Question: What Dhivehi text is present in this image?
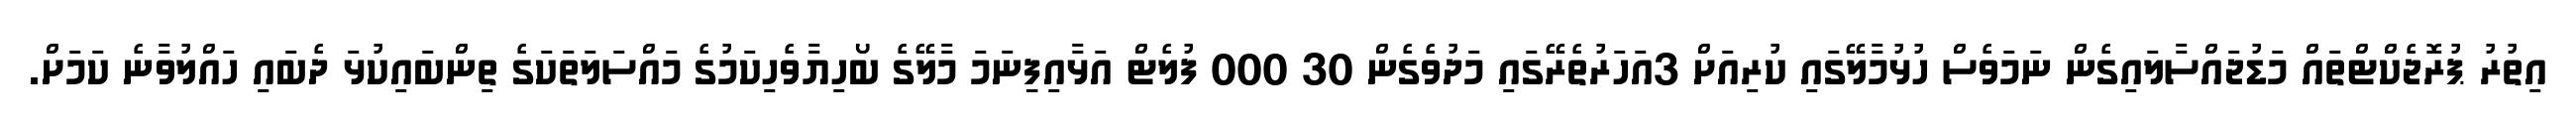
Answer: އިތުރު ޕުރޮޖެކްޓްތައް މަޑުޖައްސާލައިގެން ނަމަވެސް ހުޅުމާލޭގައި ކުރިއަށް 3އަހަރުތެރޭގައި މަދުވެގެން 30 000 ފުލެޓް އަޅާއިފިިނަމަ މާލޭގެ ބޯހިޔާވެހިކަމުގެ މައްސަލަތަކަގެ ތިންބައިކުޅަ ދެބައި ހައްލުވާނެ ކަމަށް.